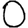
Digit: 0